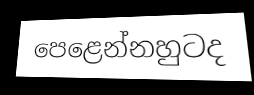
පෙළෙන්නහුටද